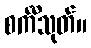
စင်္ကီသုတ်။